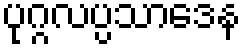
ပုဂ္ဂလပ္ပသာဒေန